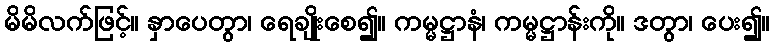
မိမိလက်ဖြင့်။ နှာပေတွာ၊ ရေချိုးစေ၍။ ကမ္မဋ္ဌာနံ၊ ကမ္မဋ္ဌာန်းကို။ ဒတွာ၊ ပေး၍။